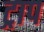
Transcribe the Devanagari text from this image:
ट्राप